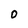
Character: O